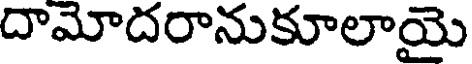
దామోదరానుకూలాయై